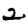
Digit: 2